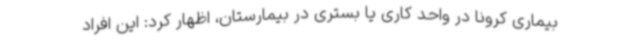
بیماری کرونا در واحد کاری یا بستری در بیمارستان، اظهار کرد: این افراد